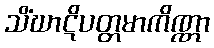
သိံဃာဋိပတ္တမာကိဏ္ဏာ